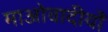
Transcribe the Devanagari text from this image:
माओवादीयौं